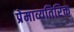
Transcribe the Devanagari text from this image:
प्रेमाव्यतिरिक्त